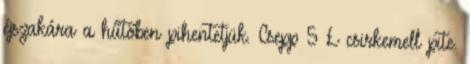
éjszakára a hűtőben pihentetjük. Csepp 5 £ csirkemell pite.